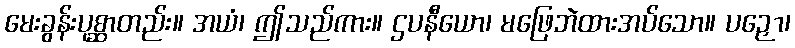
မေးခွန်းပုစ္ဆာတည်း။ အယံ၊ ဤသည်ကား။ ဌပနီယော၊ မဖြေဘဲထားအပ်သော။ ပဉှော၊